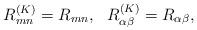
LaTeX: \begin{align*}R^{(K)}_{mn}=R_{mn},~~ R^{(K)}_{\alpha\beta}=R_{\alpha\beta}, \end{align*}